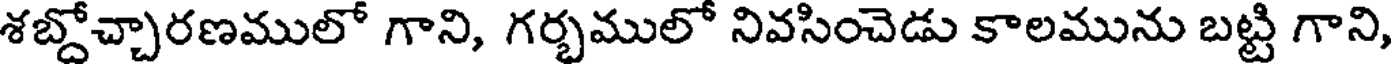
శబ్దోచ్చారణములో గాని, గర్భములో నివసించెడు కాలమును బట్టి గాని,